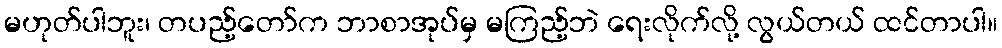
မဟုတ်ပါဘူး၊ တပည့်တော်က ဘာစာအုပ်မှ မကြည့်ဘဲ ရေးလိုက်လို့ လွယ်တယ် ထင်တာပါ။